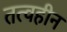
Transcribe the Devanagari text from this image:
तत्वहीन